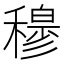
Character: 𥢣